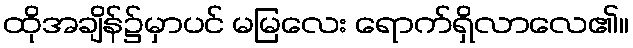
ထိုအချိန်၌မှာပင် မမြလေး ရောက်ရှိလာလေ၏။